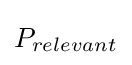
P_{relevant}